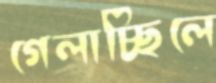
গেলাচ্ছিলে